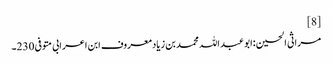
[8]
مراثی الحسین :ابو عبد اللہ محمد بن زیادمعروف ابن اعرابی متوفی 230۔